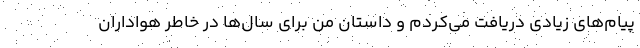
پیام‌های زیادی دریافت می‌کردم و داستان من برای سال‌ها در خاطر هواداران